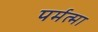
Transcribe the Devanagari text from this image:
पर्मत्मा